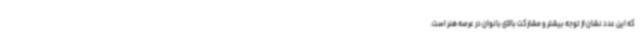
که این عدد نشان از توجه بیشتر و مشارکت بالای بانوان در عرصه هنر است.